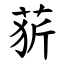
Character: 䓄